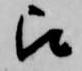
被